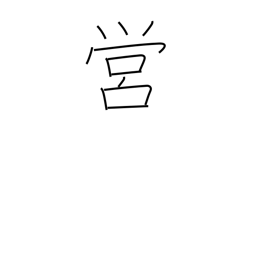
Meaning: camp